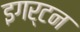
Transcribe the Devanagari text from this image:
इगर्टन